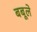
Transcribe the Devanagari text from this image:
बबूले